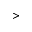
>